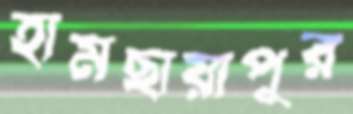
হামছায়াপুর